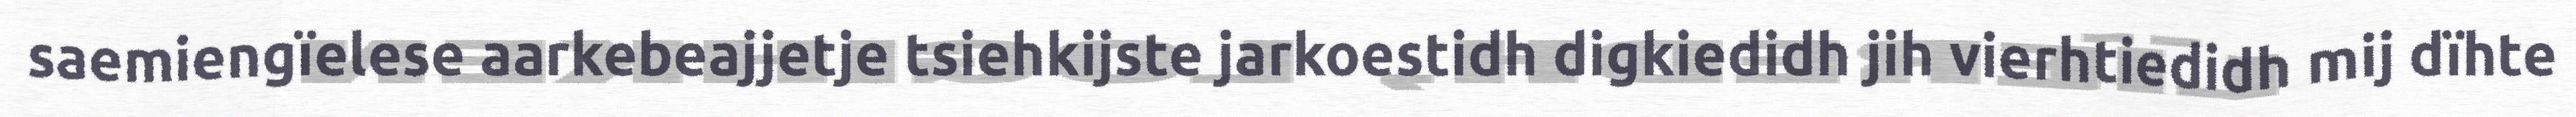
saemiengïelese aarkebeajjetje tsiehkijste jarkoestidh digkiedidh jih vierhtiedidh mij dïhte